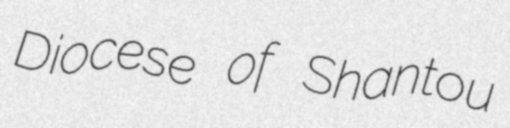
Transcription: Diocese of Shantou